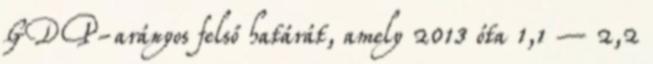
GDP-arányos felső határát, amely 2013 óta 1,1 – 2,2